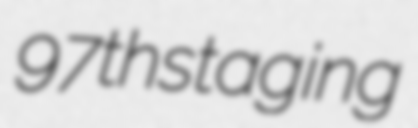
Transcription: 97th staging